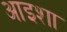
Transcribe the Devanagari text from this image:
आइशा